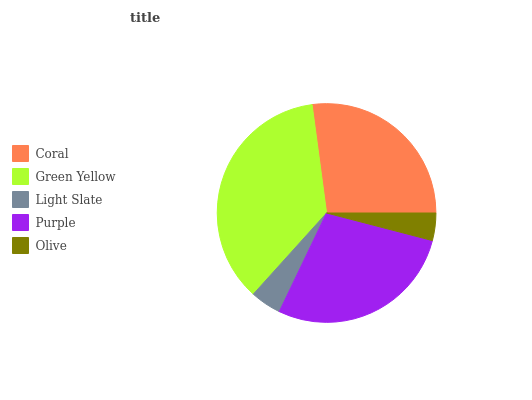
| Coral | Green Yellow | Light Slate | Purple | Olive |
 | --- | --- | --- | --- | --- |
 | 27.1% | 36.2% | 4.58% | 28.1% | 4.07% |